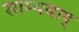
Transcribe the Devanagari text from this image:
साम्यवाद्